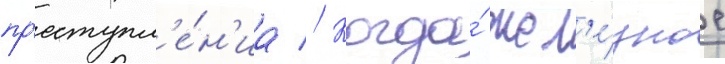
пр'еступл'е́н'иа // Когда́ жел'е́зное